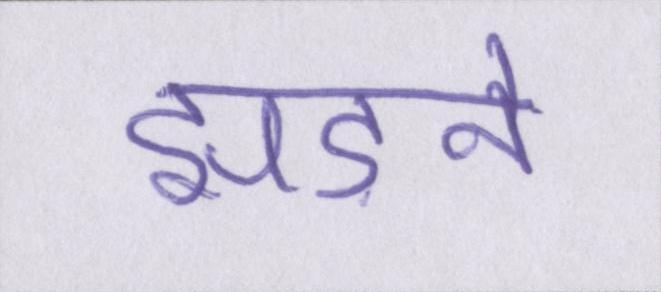
झड़ने